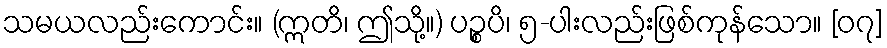
သမယလည်းကောင်း။ (ဣတိ၊ ဤသို့။) ပဉ္စပိ၊ ၅-ပါးလည်းဖြစ်ကုန်သော။ [၀၇]